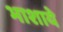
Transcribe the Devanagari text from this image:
भाशाये